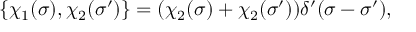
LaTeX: \{ \chi _ { 1 } ( \sigma ) , \chi _ { 2 } ( \sigma ^ { \prime } ) \} = ( \chi _ { 2 } ( \sigma ) + \chi _ { 2 } ( \sigma ^ { \prime } ) ) \delta ^ { \prime } ( \sigma - \sigma ^ { \prime } ) ,